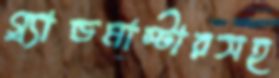
গ্র্যান্ডমাস্টারসহ